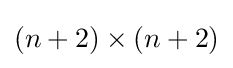
(n+2)\times (n+2)